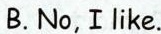
B. No, I like.